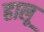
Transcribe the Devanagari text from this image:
हालू